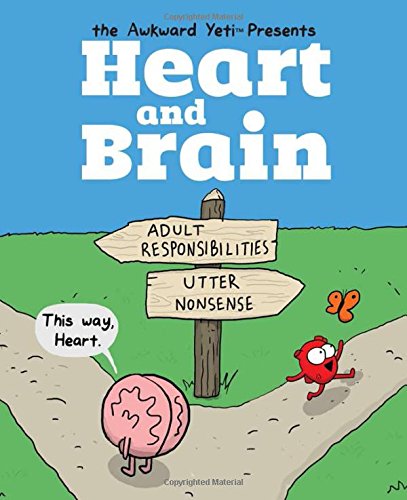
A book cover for Heart and Brain: An Awkward Yeti Collection; The Awkward Yeti; Comics & Graphic Novels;